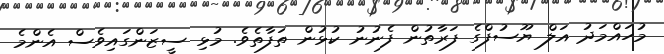
މުހައްމަދު އަލް ޔޫސުފްގެ ފަރާތުން ފެނުނު ކުޅުން ތަފާތެވެ. މުޅި ސީޒަންގައިވެސް އެންމެ